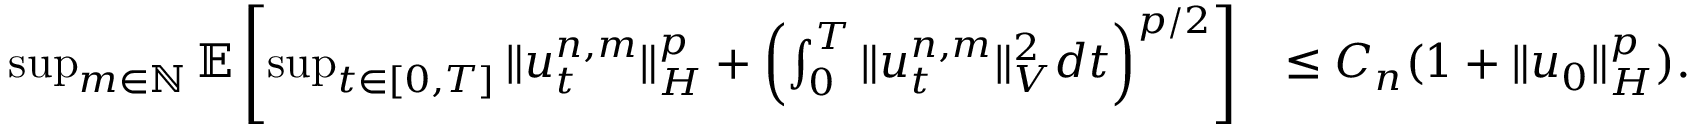
\begin{array} { r l } { \operatorname* { s u p } _ { m \in \mathbb { N } } \mathbb { E } \left[ \operatorname* { s u p } _ { t \in [ 0 , T ] } \| u _ { t } ^ { n , m } \| _ { H } ^ { p } + \left( \int _ { 0 } ^ { T } \| u _ { t } ^ { n , m } \| _ { V } ^ { 2 } d t \right) ^ { p / 2 } \right] } & { \leq C _ { n } ( 1 + \| u _ { 0 } \| _ { H } ^ { p } ) . } \end{array}